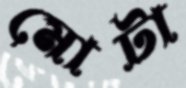
মোটা